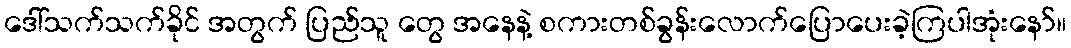
ဒေါ်သက်သက်ခိုင် အတွက် ပြည်သူ တွေ အနေနဲ့ စကားတစ်ခွန်းလောက်ပြောပေးခဲ့ကြပါအုံးနော်။